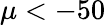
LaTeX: \mu<-50